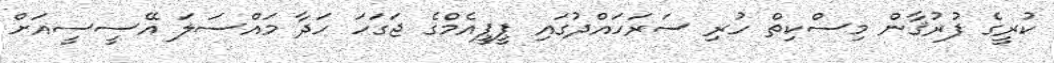
ކުރީގެ ފުރުޤާން މިސްކިތް ހުރި ސަރަހައްދުގައި ޕީޕީއެމްގެ ޖަގަހަ ހަދާ މައްސަލަ އޭސީސީއަށް